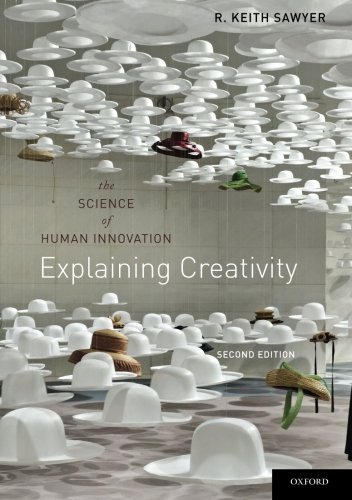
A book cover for Explaining Creativity: The Science of Human Innovation; R. Keith Sawyer; Medical Books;